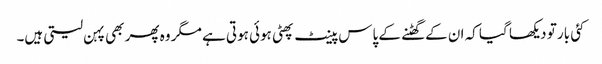
کئی بار تو دیکھا گیا کہ ان کے گھٹنے کے پاس پینٹ پھٹی ہوئی ہوتی ہے مگر وہ پھر بھی پہن لیتی ہیں۔